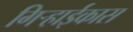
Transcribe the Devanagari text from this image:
गिऱ्हाईकास